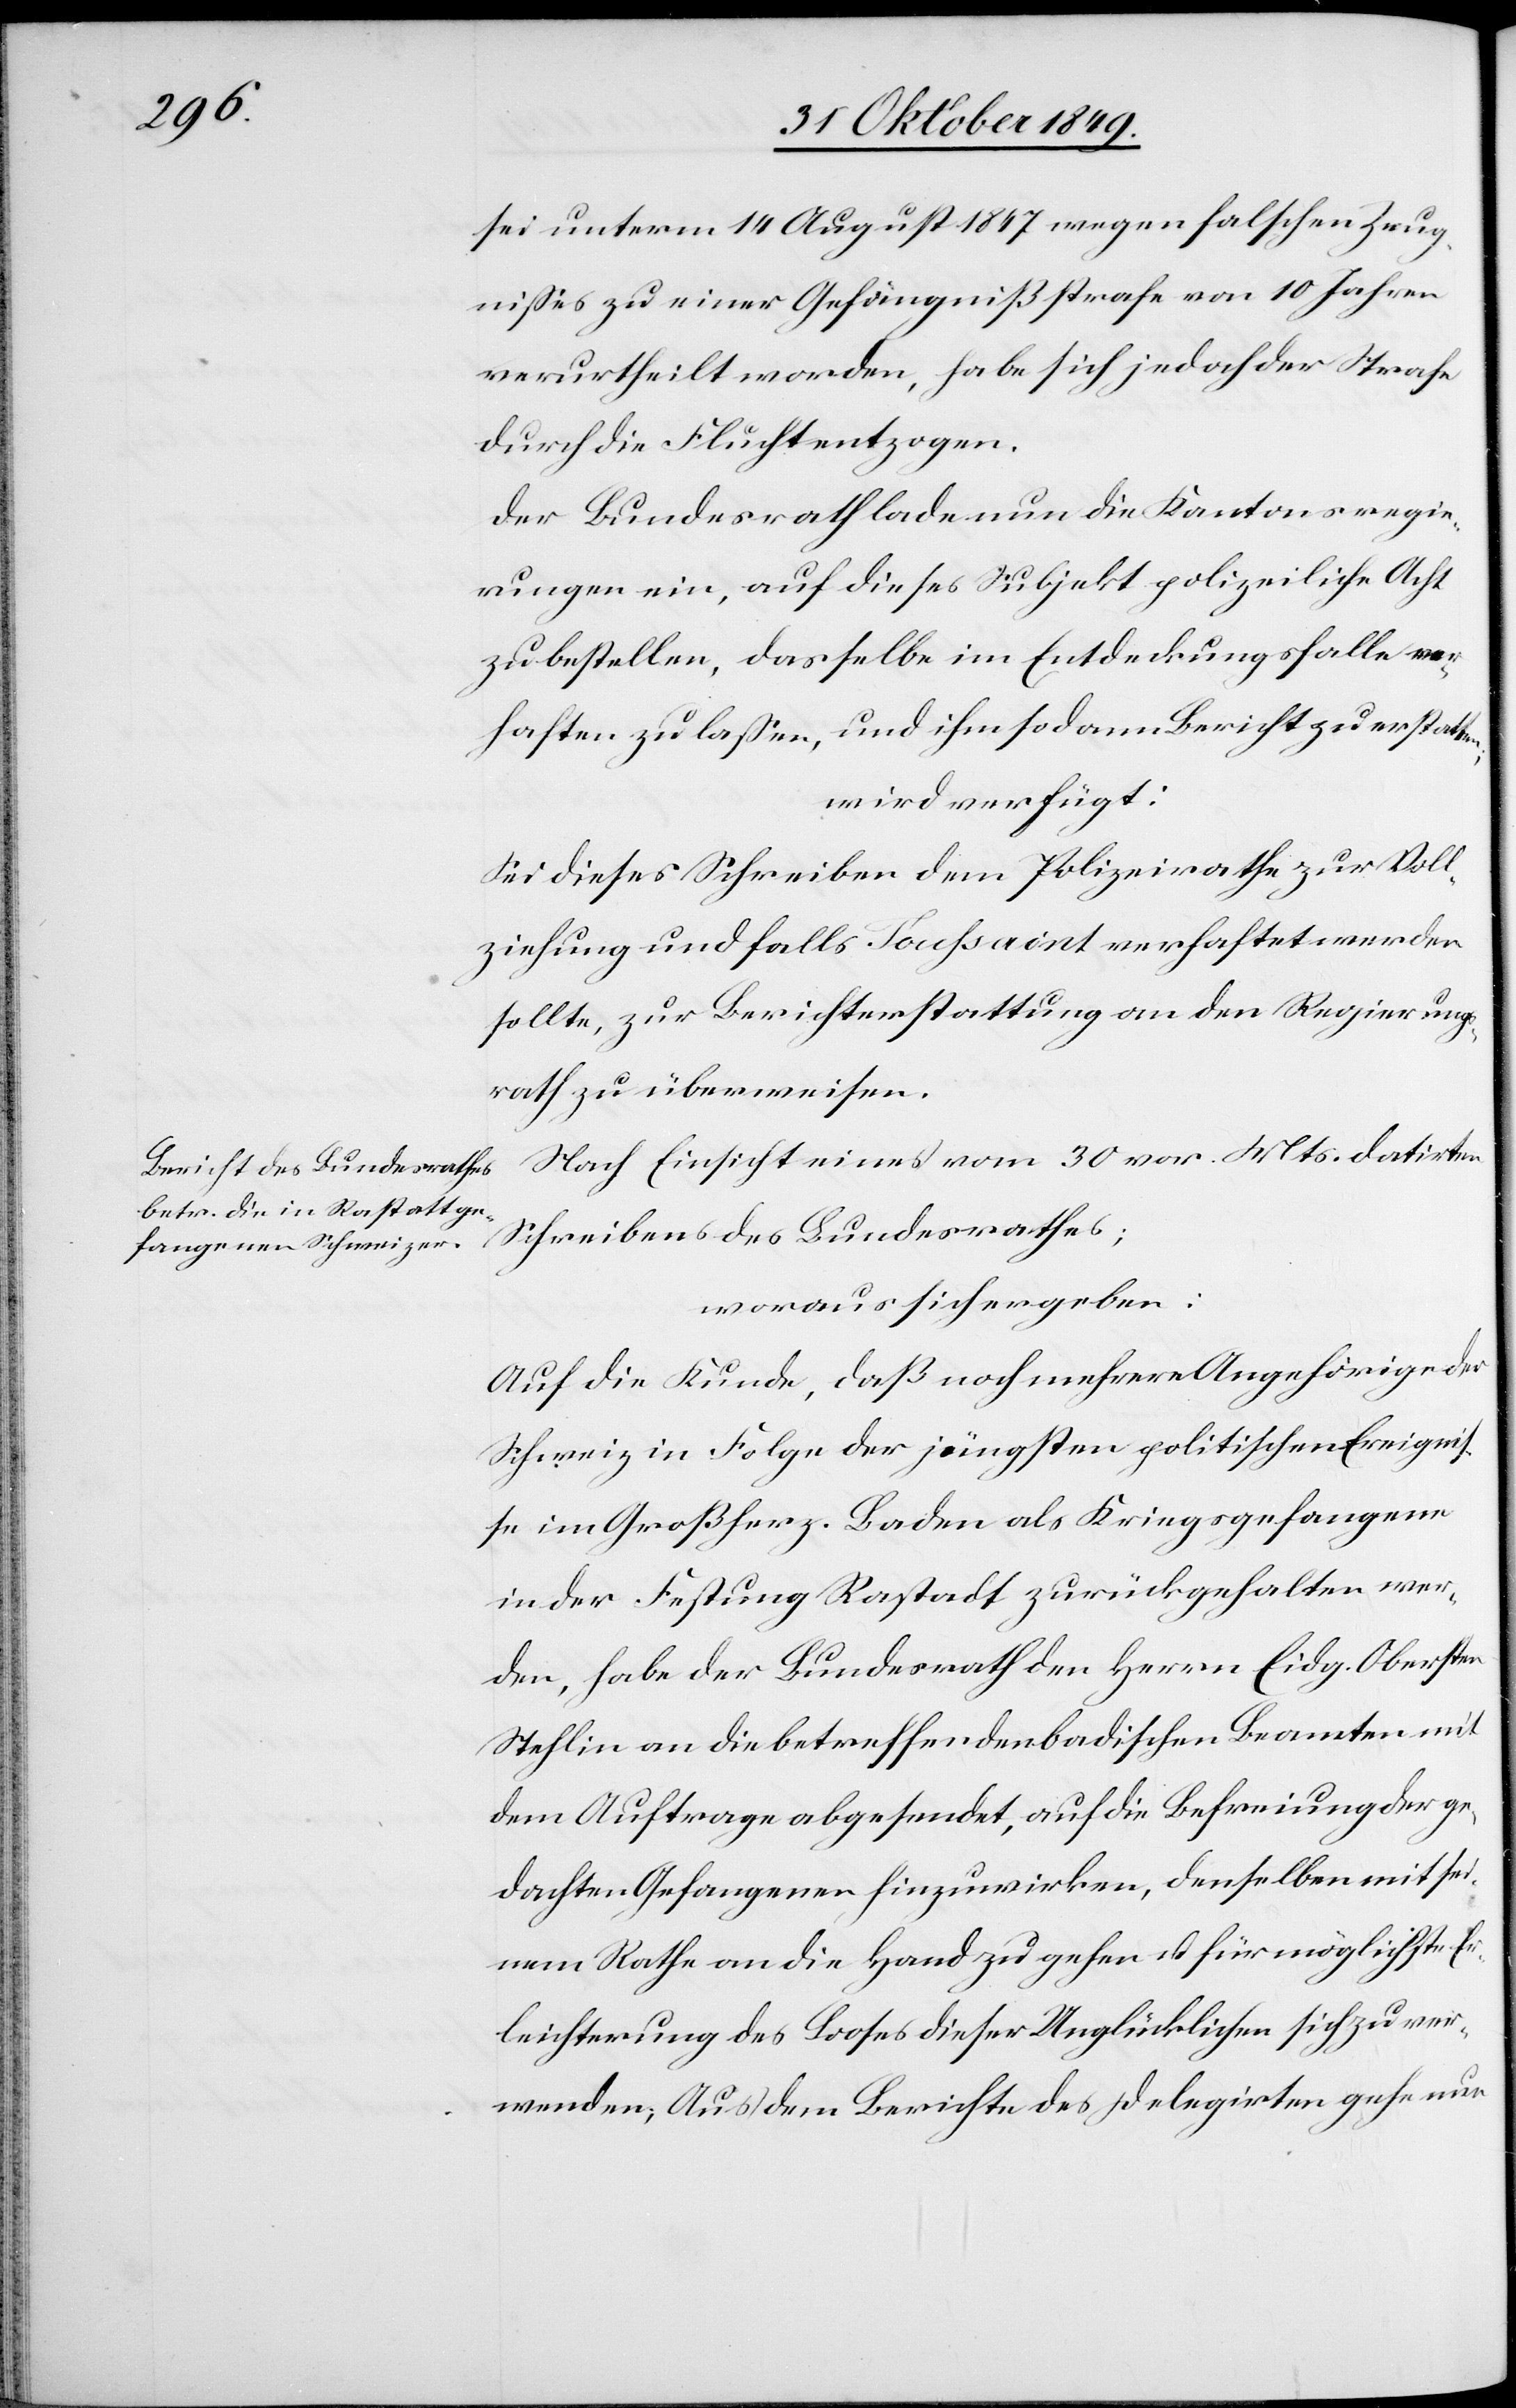
n;

sei unterm 14 August 1847 wegen falschen Zeug¬
nißes zu einer Gefängnißstrafe von 10 Jahren
verurtheilt worden, habe sich jedoch der Strafe
durch die Flucht entzogen.
Der Bundesrath lade nun die Kantonsregie¬
rugen ein, auf dieses Subjekt polizeiliche Acht
zu bestellen, dasselbe im Entdeckungsfalle ver¬
haften zu laßen, und ihm sodann Bericht zu erstatte¬
wird verfügt:
Sei dieses Schreiben dem Polizeirathe zur Voll¬
ziehung und falls Toussaint verhaftet werden
sollte, zur Berichterstattung an den Regierungs¬
rath zu überweisen.
Nach Einsicht eines vom 30 vor. Mts. datirten
Schreibens des bundesrathes;
woraus sich ergeben:
Auf die Kunde, daß noch mehrere Angehörige der
Schweiz in Folge der jüngsten politischen Ereigniß¬
e im Großherz. Baden als Kriegsgefangene
in der Festung Rastadt zurückgehalten wer¬
den, habe der Bundesrath den Herrn Eidg. Obersten
Stehlin an die betreffenden badischen Beamten mit
dem Auftrage abgesendet, auf die Befreiung der ge¬
dachten Gefangenen hinzuwirken, denselben mit sei¬
nem Rathe an die Hand zu gehen u. für möglichste Er¬
leichterung des Looses dieser Unglücklichen sich zu ver¬
wenden; Aus dem Berichte des Delegirten gehe nun